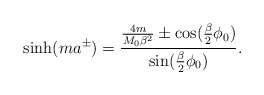
\begin{align*}\sinh (ma^\pm)=\frac{\frac{4m}{M_{0}\beta ^{2}}\pm\cos (\frac{\beta }{2}\phi _{0})}{\sin (\frac{\beta }{2}\phi _{0})}.\end{align*}